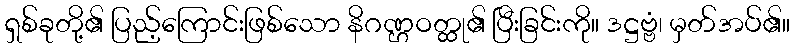
ရှစ်ခုတို့၏ ပြည့်ကြောင်းဖြစ်သော နိဂဏ္ဌဝတ္ထု၏ ပြီးခြင်းကို။ ဒဋ္ဌဗ္ဗံ၊ မှတ်အပ်၏။